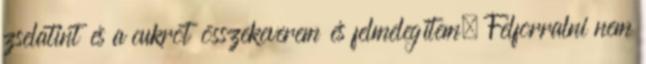
zselatint és a cukrot összekeverem és felmelegítem. Felforralni nem